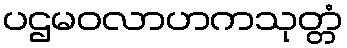
ပဌမဝလာဟကသုတ္တံ